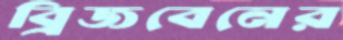
ব্রিজবেনের